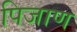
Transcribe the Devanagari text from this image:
पिजाण